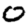
Digit: 0